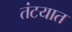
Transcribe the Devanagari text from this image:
तंटयात